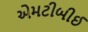
એમટીબીઈ